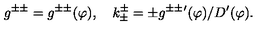
g ^ { \pm \pm } = g ^ { \pm \pm } ( \varphi ) , \quad k _ { \pm } ^ { \pm } = \pm g ^ { \pm \pm } { } ^ { \prime } ( \varphi ) / D ^ { \prime } ( \varphi ) .